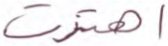
اهتزت